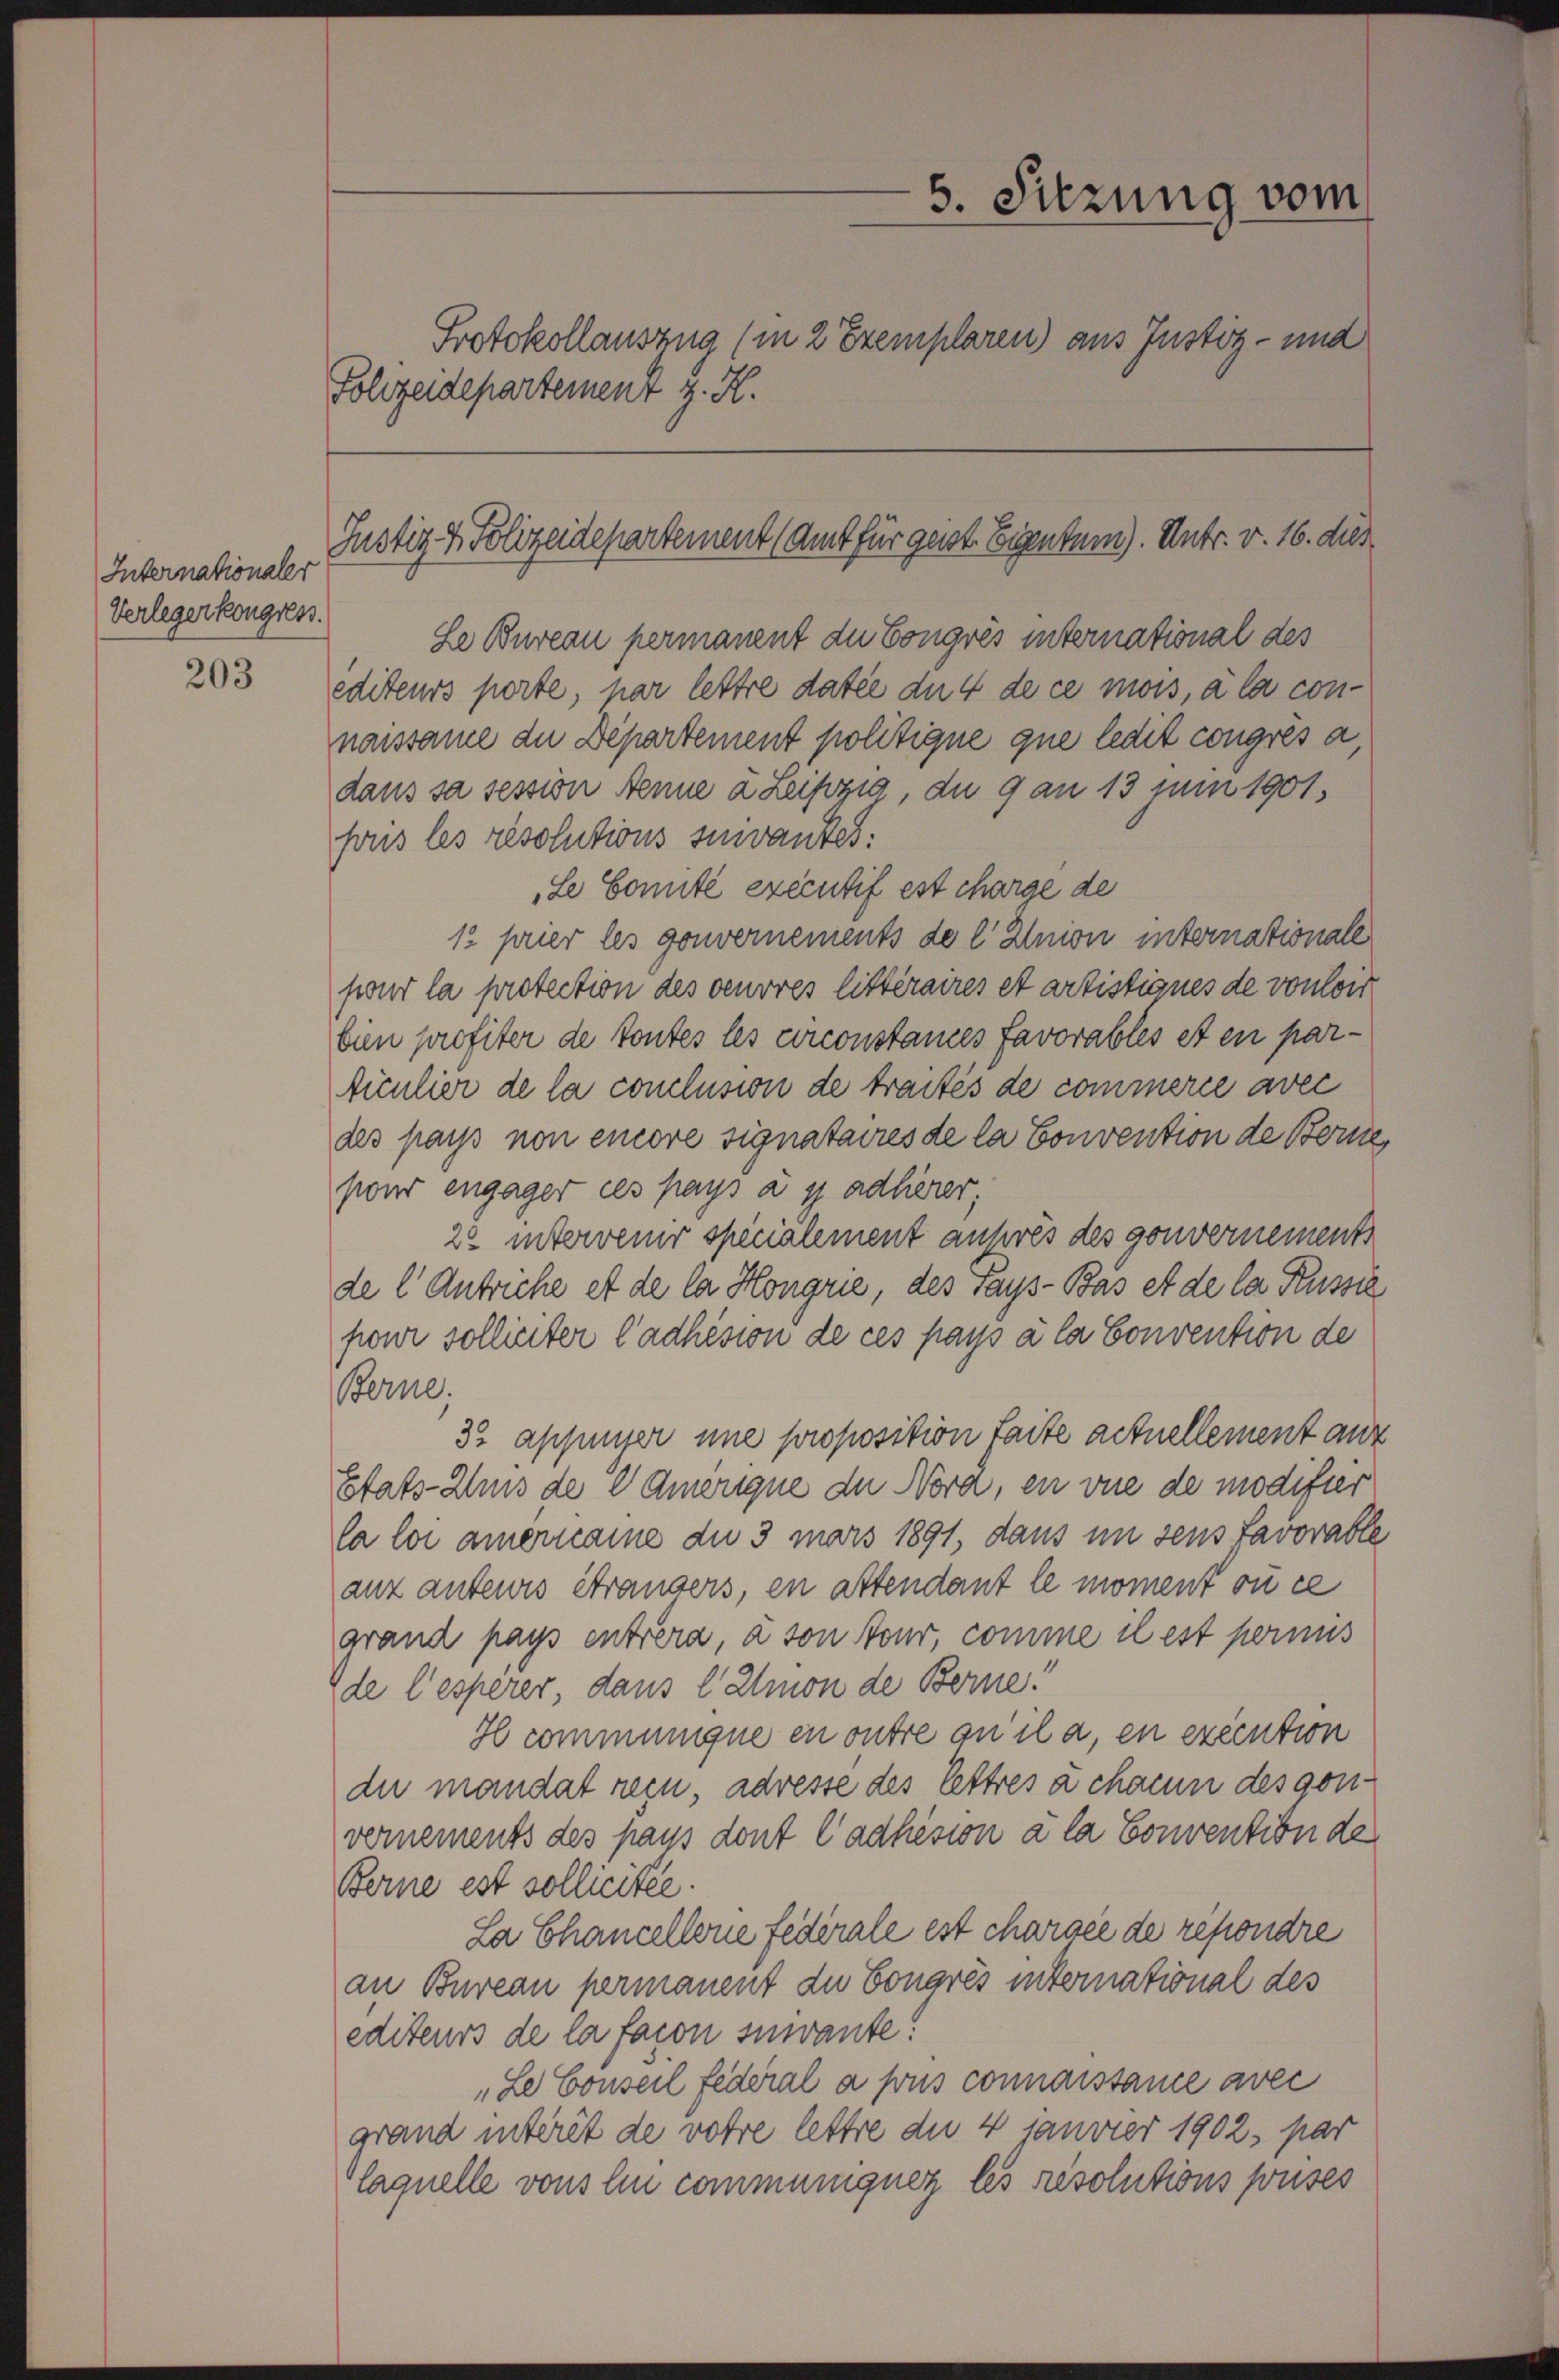
Internationaler
Verlegerkongress.

203

6. Sitzung vom
Protokollauszug (in 2 Exemplaren) aus Justiz- und
Folizeidepartement z. H.

Justiz & Polizeidepartement (Amt für geist Eigentum). Untr. v. 16. dies

Le Bureau permanent du Congrés international des
editeurs porte, par lettre datée du 4 de ce mois, à la connaissame die Departement politique que ledit congres a
dans sa session Jenne à Leipzig, du 9 an 13 Juni 1901.
pris les résolutions suivantes:
Le Sonnte executif est charge de
12 prier les gouvernements de l Union internationale
sont la protection des oeuvres litteraires et artistigues de von lor
bin profiter de toutes les circonstames favorables et en particulier de la conclusion de traités de commerce avec
des pays non encore signataires de la Convention de Berne
pour engager ces pays a s adlierer,
22 intervenir specialement auhres des gouvernements
de l Antriche et de la Höngrie, des Pays-Bas et de la Russie
pour sollieiter Cadhision de ces pays à la Convention de
Berne
33 appuyer une proposition faite actuellement auf
Etats-Zus de   Amerique der Nora, en vue de modifier
la loi aiername du 3 mars 1891, dans im sens favorable
anz anteris Strangers, en attendant le moment ou ce
grand pays entrera, à son tour, comme il est permus
de l’espérer, dans l Amon de Berne!
I communique en outre ou ila, en execution
du mandat rein, adresse des lettres à chacun des gonvernements des haus dont Cadhésion a la Convention de
Berne est sollicitee.
La Chancellone federale est chargée de repondre
an Bureau permanent du Congrés international des
editeurs de la faion suivante!
Le Conseil federal a sous connaissance avec
grand interit de votre lettre die 4 Janvier 1902, par
laquelle vons ein communiquer les résolutions pouses